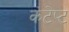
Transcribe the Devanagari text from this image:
कंटेप्ट